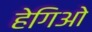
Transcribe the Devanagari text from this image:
हेगिओ